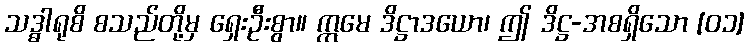
သဒ္ဓာရုစိ စသည်တို့မှ ရှေးဦးစွာ။ ဣမေ ဒိဋ္ဌာဒယော၊ ဤ ဒိဋ္ဌ-အစရှိသော [၀၁]